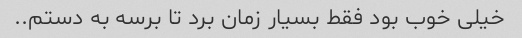
خیلی خوب بود فقط بسیار زمان برد تا برسه به دستم..